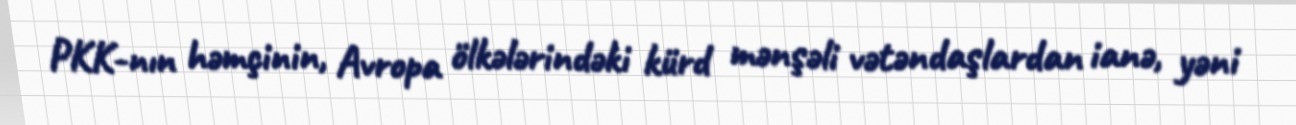
PKK-nın həmçinin, Avropa ölkələrindəki kürd mənşəli vətəndaşlardan ianə, yəni